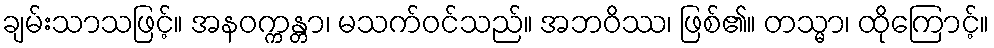
ချမ်းသာသဖြင့်။ အနဝက္ကန္တာ၊ မသက်ဝင်သည်။ အဘဝိဿ၊ ဖြစ်၏။ တသ္မာ၊ ထိုကြောင့်။